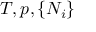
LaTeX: T , p , \{ N _ { i } \}